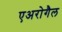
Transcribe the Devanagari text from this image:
एअरोगैल